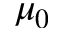
\mu _ { 0 }